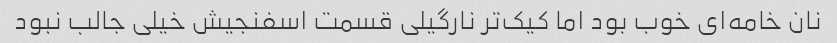
نان خامه‌ای خوب بود اما کیک‌تر نارگیلی قسمت اسفنجیش خیلی جالب نبود